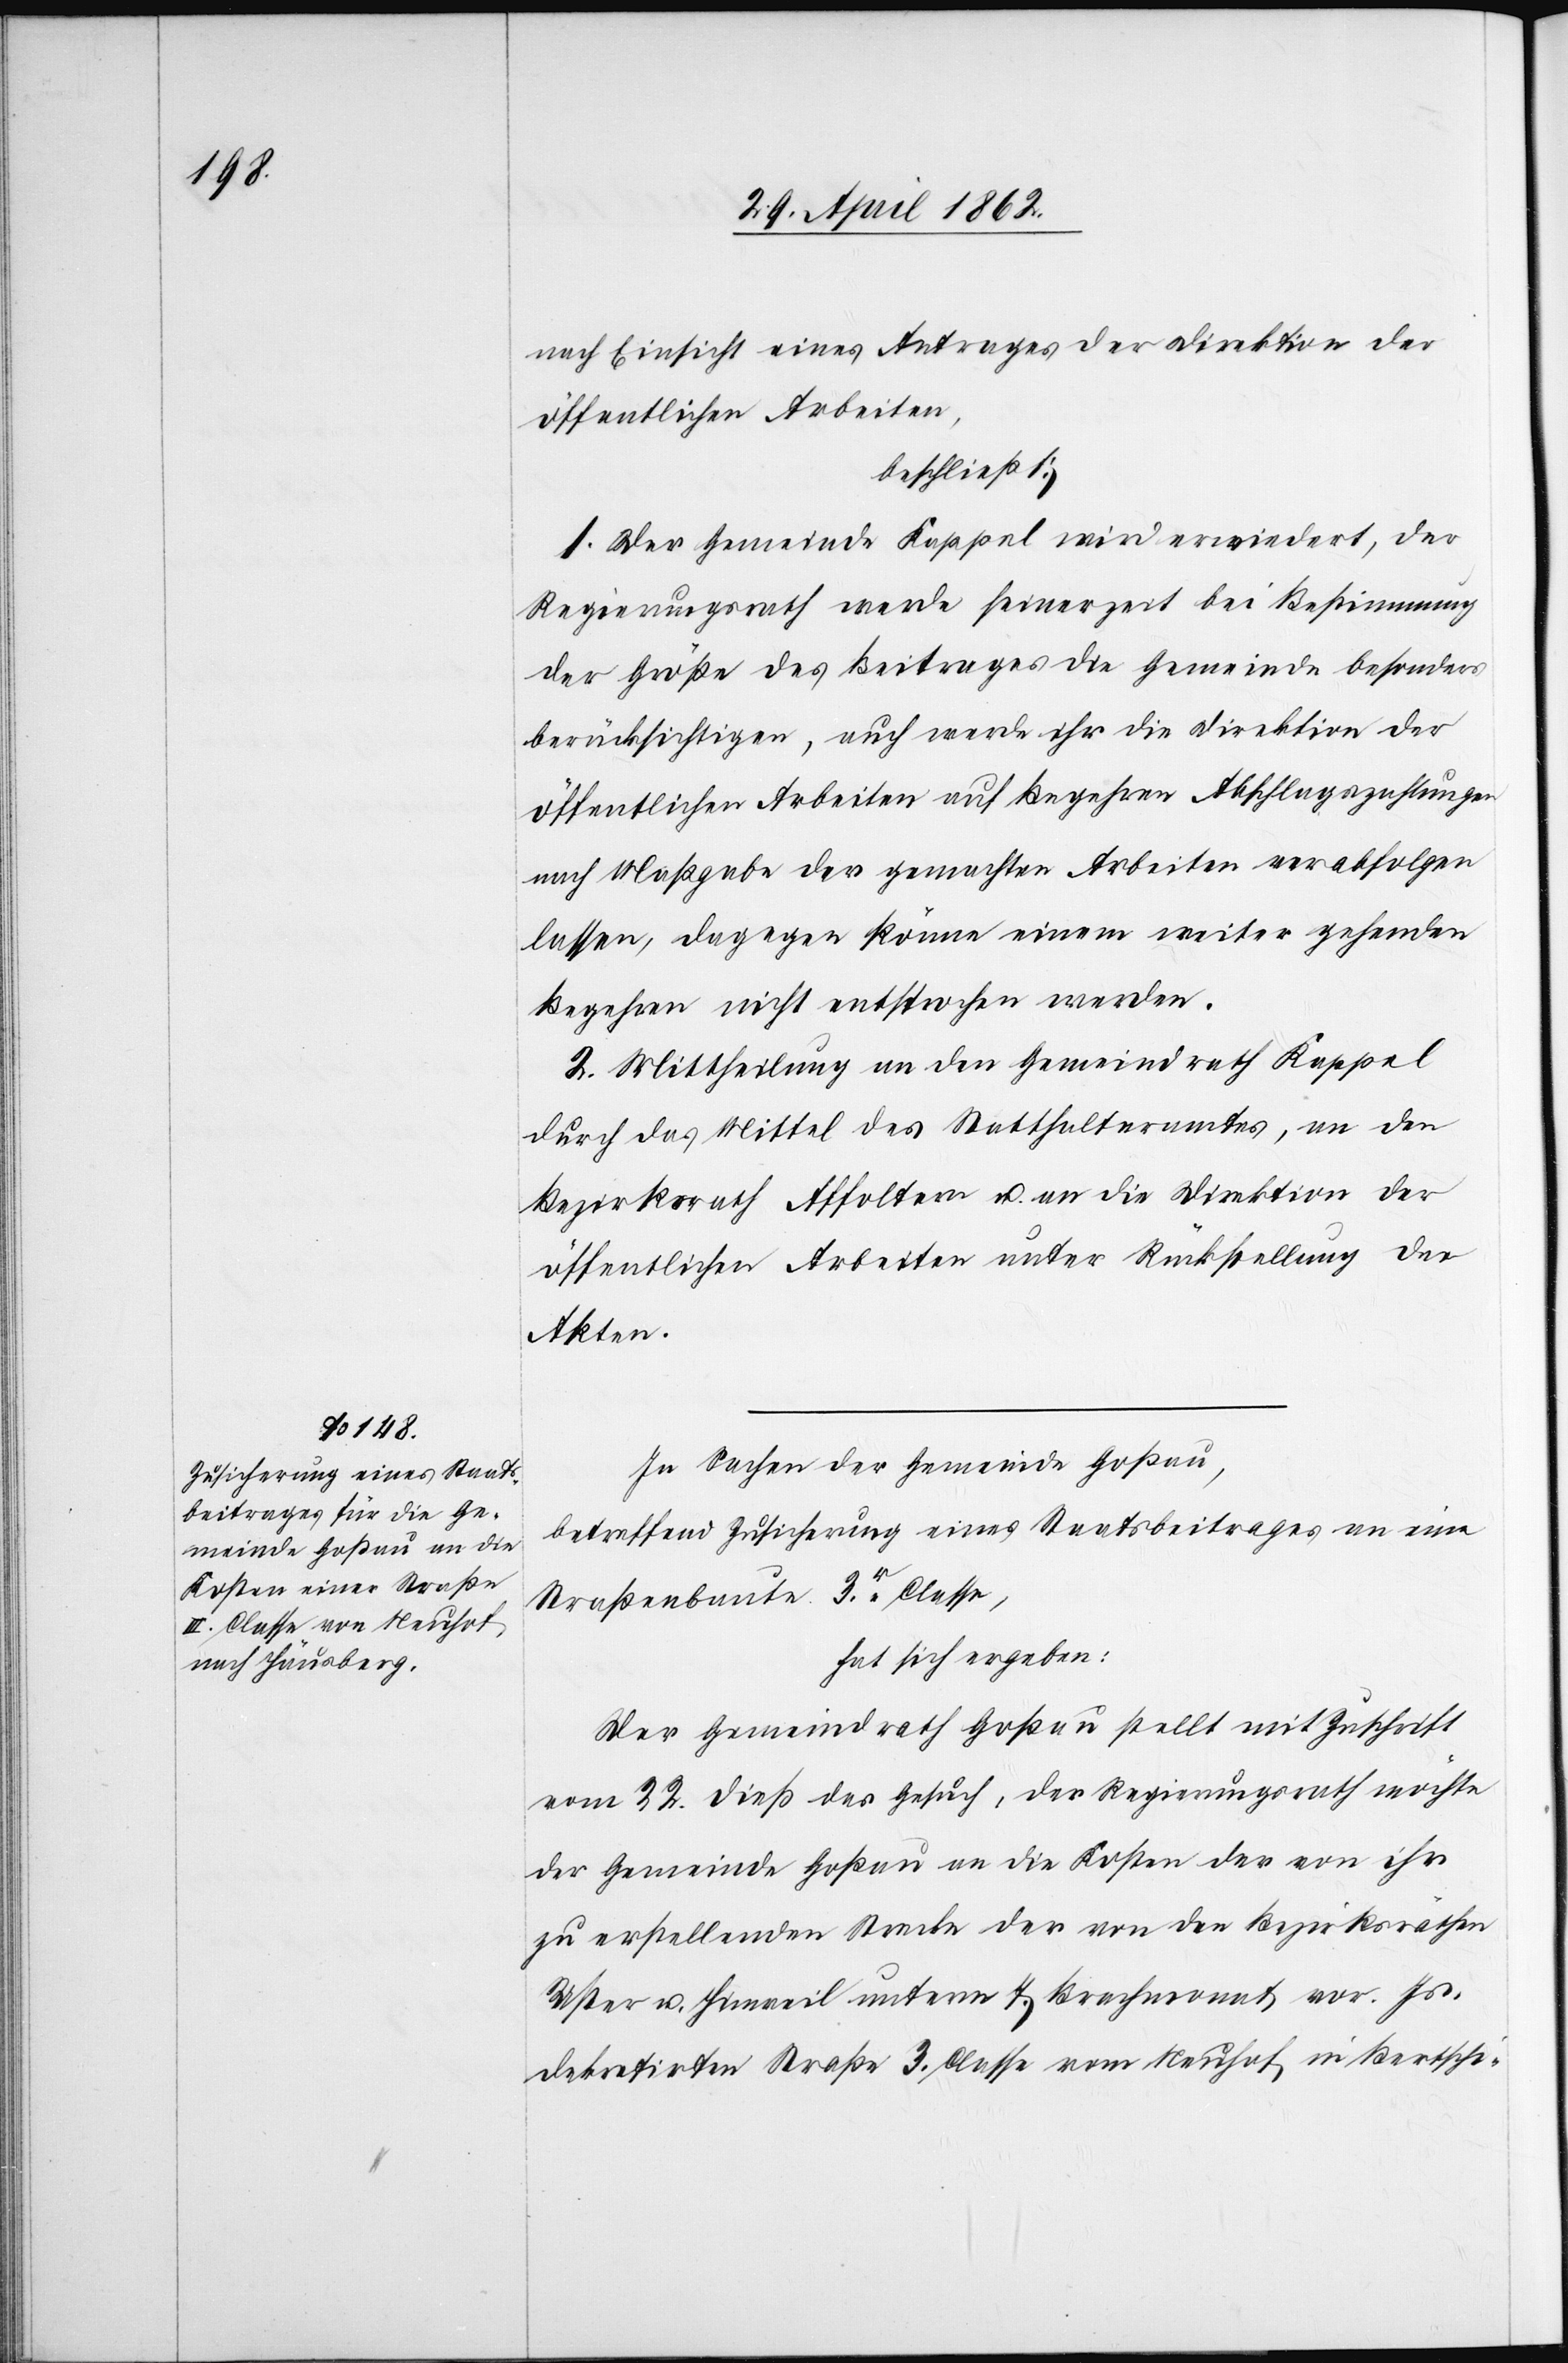
nach Einsicht eines Antrages der Direktion der
öffentlichen Arbeiten,
beschließt:
1. Der Gemeinde Kappel wird erwiedert, der
Regierungsrath werde seinerzeit bei Bestimmung
der Größe des Beitrags die Gemeinde besonders
berücksichtigen, auch werde ihr die Direktion der
öffentlichen Arbeiten auf Begehren Abschlagzahlungen
nach Maßgabe der gemachten Arbeiten verabfolgen
lassen, dagegen könne einem weiter gehenden
Begehren nicht entsprochen werden.
2. Mittheilung an den Gemeindrath Kappel
durch das Mittel des Statthalteramtes, an den
Bezirksrath Affoltern u. an die Direktion der
öffentlichen Arbeiten unter Rücksendung der
Akten.
In Sachen der Gemeinde Goßau,
betreffend Zusicherung eines Staatsbeitrages an eine
Straßenbaute 3r. Classe,
hat sich ergeben:
Der Gemeindrath Goßau stellt mit Zuschrift
vom 22. dieß das Gesuch, der Regierungsrath möchte
der Gemeinde Goßau an die Kosten der von ihr
zu erstellenden Strecke der von den Bezirksräthen
Uster u. Hinweil unterm 7. Brachmonat vor. Js.
dekretirten Straße 3. Classe vom Neuhof in Bertschi-